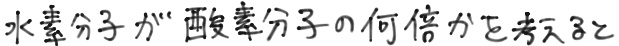
水素分子が“酸素分子の何倍かを考える。